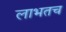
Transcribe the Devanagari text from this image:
लाभतच